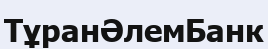
ТұранӘлемБанк